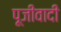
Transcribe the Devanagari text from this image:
पूजीवादी